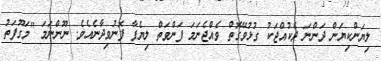
ލިޔަންކިޔަން ދަންނަ ދެކުއްޖަކު ގުޅުވޭގޮތް ވެއްޖެނަމަ ފަންވަތް ލިޔެފާ ފޮނުވިދާނެއެވެ. ނޫންނަމަ "މަގޫފަތު